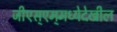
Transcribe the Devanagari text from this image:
जीएस्‌एम्‌मध्येदेखील